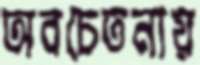
অবচেতনায়